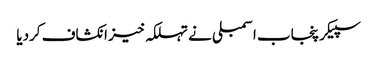
سپیکر پنجاب اسمبلی نے تہلکہ خیز انکشاف کردیا